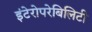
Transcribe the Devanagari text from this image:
इंटेरोपरेबिलिटी